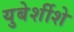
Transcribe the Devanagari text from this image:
युबेर्शीशे